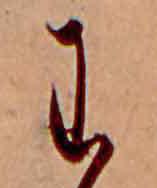
わ